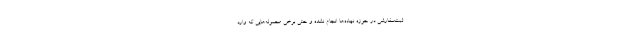
ثبت‌سفارشی در حوزه نهاده‌ها انجام نشده و حتی برخی محموله‌هایی که وارد